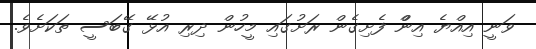
ވަނީ އިއްޔެ އިންް ފެށިގެން ރަށުގައި މީހުން ދިރި އުޅޭ ގޭބަސީ ތަކަށެވެ.